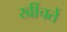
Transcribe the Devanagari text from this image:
खींचतें